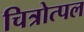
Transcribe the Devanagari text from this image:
चित्रोत्पल